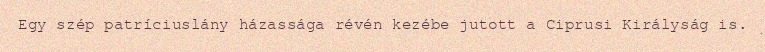
Egy szép patríciuslány házassága révén kezébe jutott a Ciprusi Királyság is.